Report on vaccination in Madras 1877-1894 - 1877-1894
Year: 1877
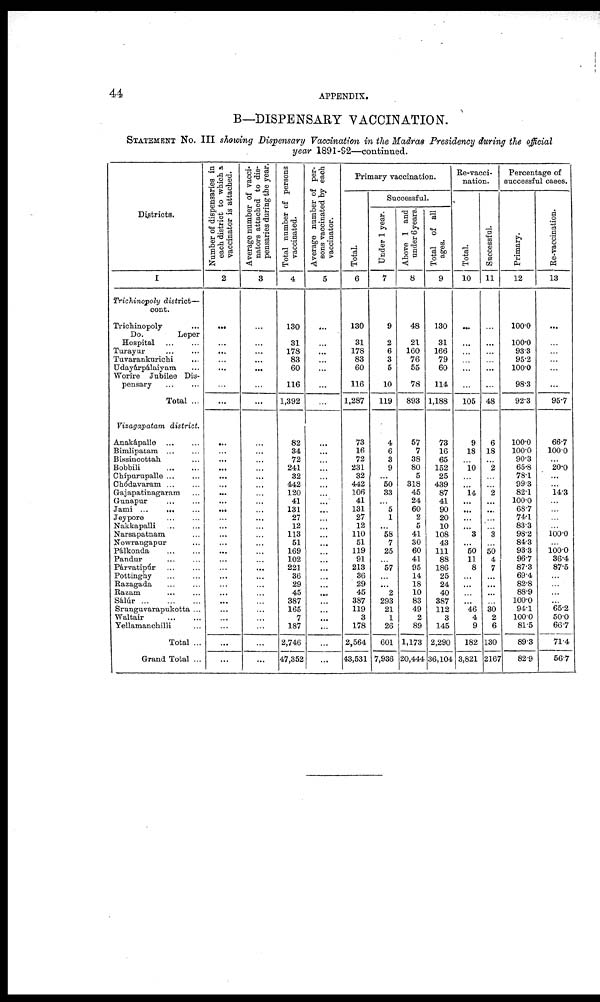
44
APPENDIX.
B—DISPENSARY VACCINATION.
STATEMENT No. III showing Dispensary Vaccination in the Madras Presidency during the official
year 1891-92—continued.
Districts.
I
Trichinopoly district—
cont.
Trichinopoly
...
Do. Leper
Hospital ... ...
Turayur
...
...
Tuvarankurichi ...
Udayárpálaiyam ...
Worire Jubilee Dis-
pensary ... ...
Total ...
Vizagapatam district.
Anakápalle
...
...
Bimlipatam ... ...
Bissincottah ...
Bobbili
...
...
Chípurupalle ... ...
Chódavaram ... ...
Gajapatinagaram ...
Gunapur
...
...
Jami ... ... ...
Jeypore
...
...
Nakkapalli
...
...
Narsapatnam ...
Nowrangapur ...
Pálkonda
...
...
Pandur ... ...
Párvatipúr ... ...
Pottinghy ... ...
Razagada
...
...
Razam ... ...
Sálúr
...
...
...
Srunguvarapukotta ...
Waltair
...
...
Yellamanchilli ...
Total ...
Grand Total ...
Number of dispensaries in
each district to which a
vaccinator is attached.
2
...
...
...
...
...
...
...
...
...
...
...
...
...
...
...
...
...
...
...
...
...
...
...
...
...
...
...
...
...
...
...
...
Average number of vacci-
nators attached to dis-
pensaries during the year.
3
...
...
...
...
...
...
...
...
...
...
...
...
...
...
...
...
...
...
...
...
...
...
...
...
...
...
...
...
...
...
...
...
Total number of persons
vaccinated.
4
130
31
178 83
60
116
1,392
82
34
72
241
32
442
120
41
131
27
12
113
51
169
102
221
36
29
45
387
165
7
187
2,746
47,352
Average number of per-
sons vaccinated by each
vaccinator.
5
...
...
...
...
...
...
...
...
...
...
...
...
...
...
...
...
...
...
...
...
...
...
...
...
...
...
...
...
...
...
...
...
Primary vaccination.
Total.
6
130
31
178
83
60
116
1,287
73
16
72
231
32
442
106
41
131
27
12
110
51
119
91
213
36
29
45
387
119
3
178
2,564
43,531
Successful.
Under 1 year.
7
9
2
6
3
5
10
119
4
6
3
9
...
50
33
...
5
1
...
58
7
25
...
57
...
...
2
293
21
1
26
601
7,936
Above 1 and
under 6 years.
8
48
21
160
76
55
78
893
57
7
38
80
5
318
45
24
60
2
5
41
30
60
41
95
14
18
10
83
49
2
89
1,173
20,444
Total of all
ages.
9
130
31
166
79
60
114
1,188
73
16
65
152
25
439
87
41
90
20
10
108
43
111
88
186
25
24
40
387
112
3
145
2,290
36,104
Re-vacci-
nation.
Total.
10
...
...
...
...
...
...
105
9
18
...
10
...
...
14
...
...
...
...
3
...
50
11
8
...
...
...
...
46
4
9
182
3,821
Successful.
11
...
...
...
...
...
...
48
6
18
...
2
...
...
2
...
...
...
...
3
...
50
4
7
...
...
...
...
30
2
6
130
21.67
Percentage of
successful cases.
Primary.
12
100.0
100.0
93.3
95.2
100.0
98.3
92.3
100.0
100.0
90.3
65.8
78.1
99.3
82.1
100.0
68.7
74.1
83.3
98.2
84.3
93.3
96.7
87.3
69.4
82.8
88.9
100.0
94.1
100.0
81.5
89.3
82.9
Re-vaccination.
13
...
...
...
...
...
...
95.7
66.7
100.0
...
20.0
...
...
14.3
...
...
...
...
100.0
...
100.0
36.4
87.5
...
...
...
...
65.2
50.0
66.7
71.4
56.7